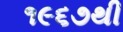
૧૯૬૭થી